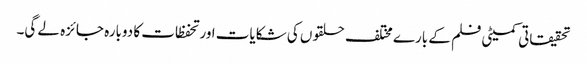
تحقیقاتی کمیٹی فلم کے بارے مختلف حلقوں کی شکایات اور تحفظات کا دوبارہ جائزہ لے گی۔